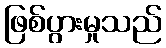
ဖြစ်ပွားမှုသည်